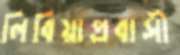
লিবিয়াপ্রবাসী